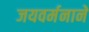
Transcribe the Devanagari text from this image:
जयवर्मनाने